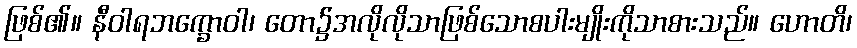
ဖြစ်၏။ နီဝါရဘက္ခောဝါ၊ တော၌အလိုလိုသာဖြစ်သောစပါးမျိုးကိုသာစားသည်။ ဟောတိ၊